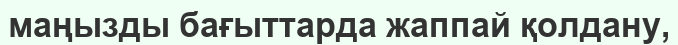
маңызды бағыттарда жаппай қолдану,